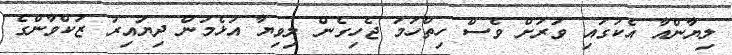
ލިޔާންއާ އެކުގައި ވަރަށް ވެސް ހިތްހަމަ ޖެހިގެން ލިވިޔާ އުޅެމުން ދިޔައިރު ޒަކްވާންގެ